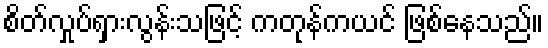
စိတ်လှုပ်ရှားလွန်းသဖြင့် ကတုန်ကယင် ဖြစ်နေသည်။